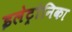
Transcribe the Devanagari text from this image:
इलेट्रोनिका